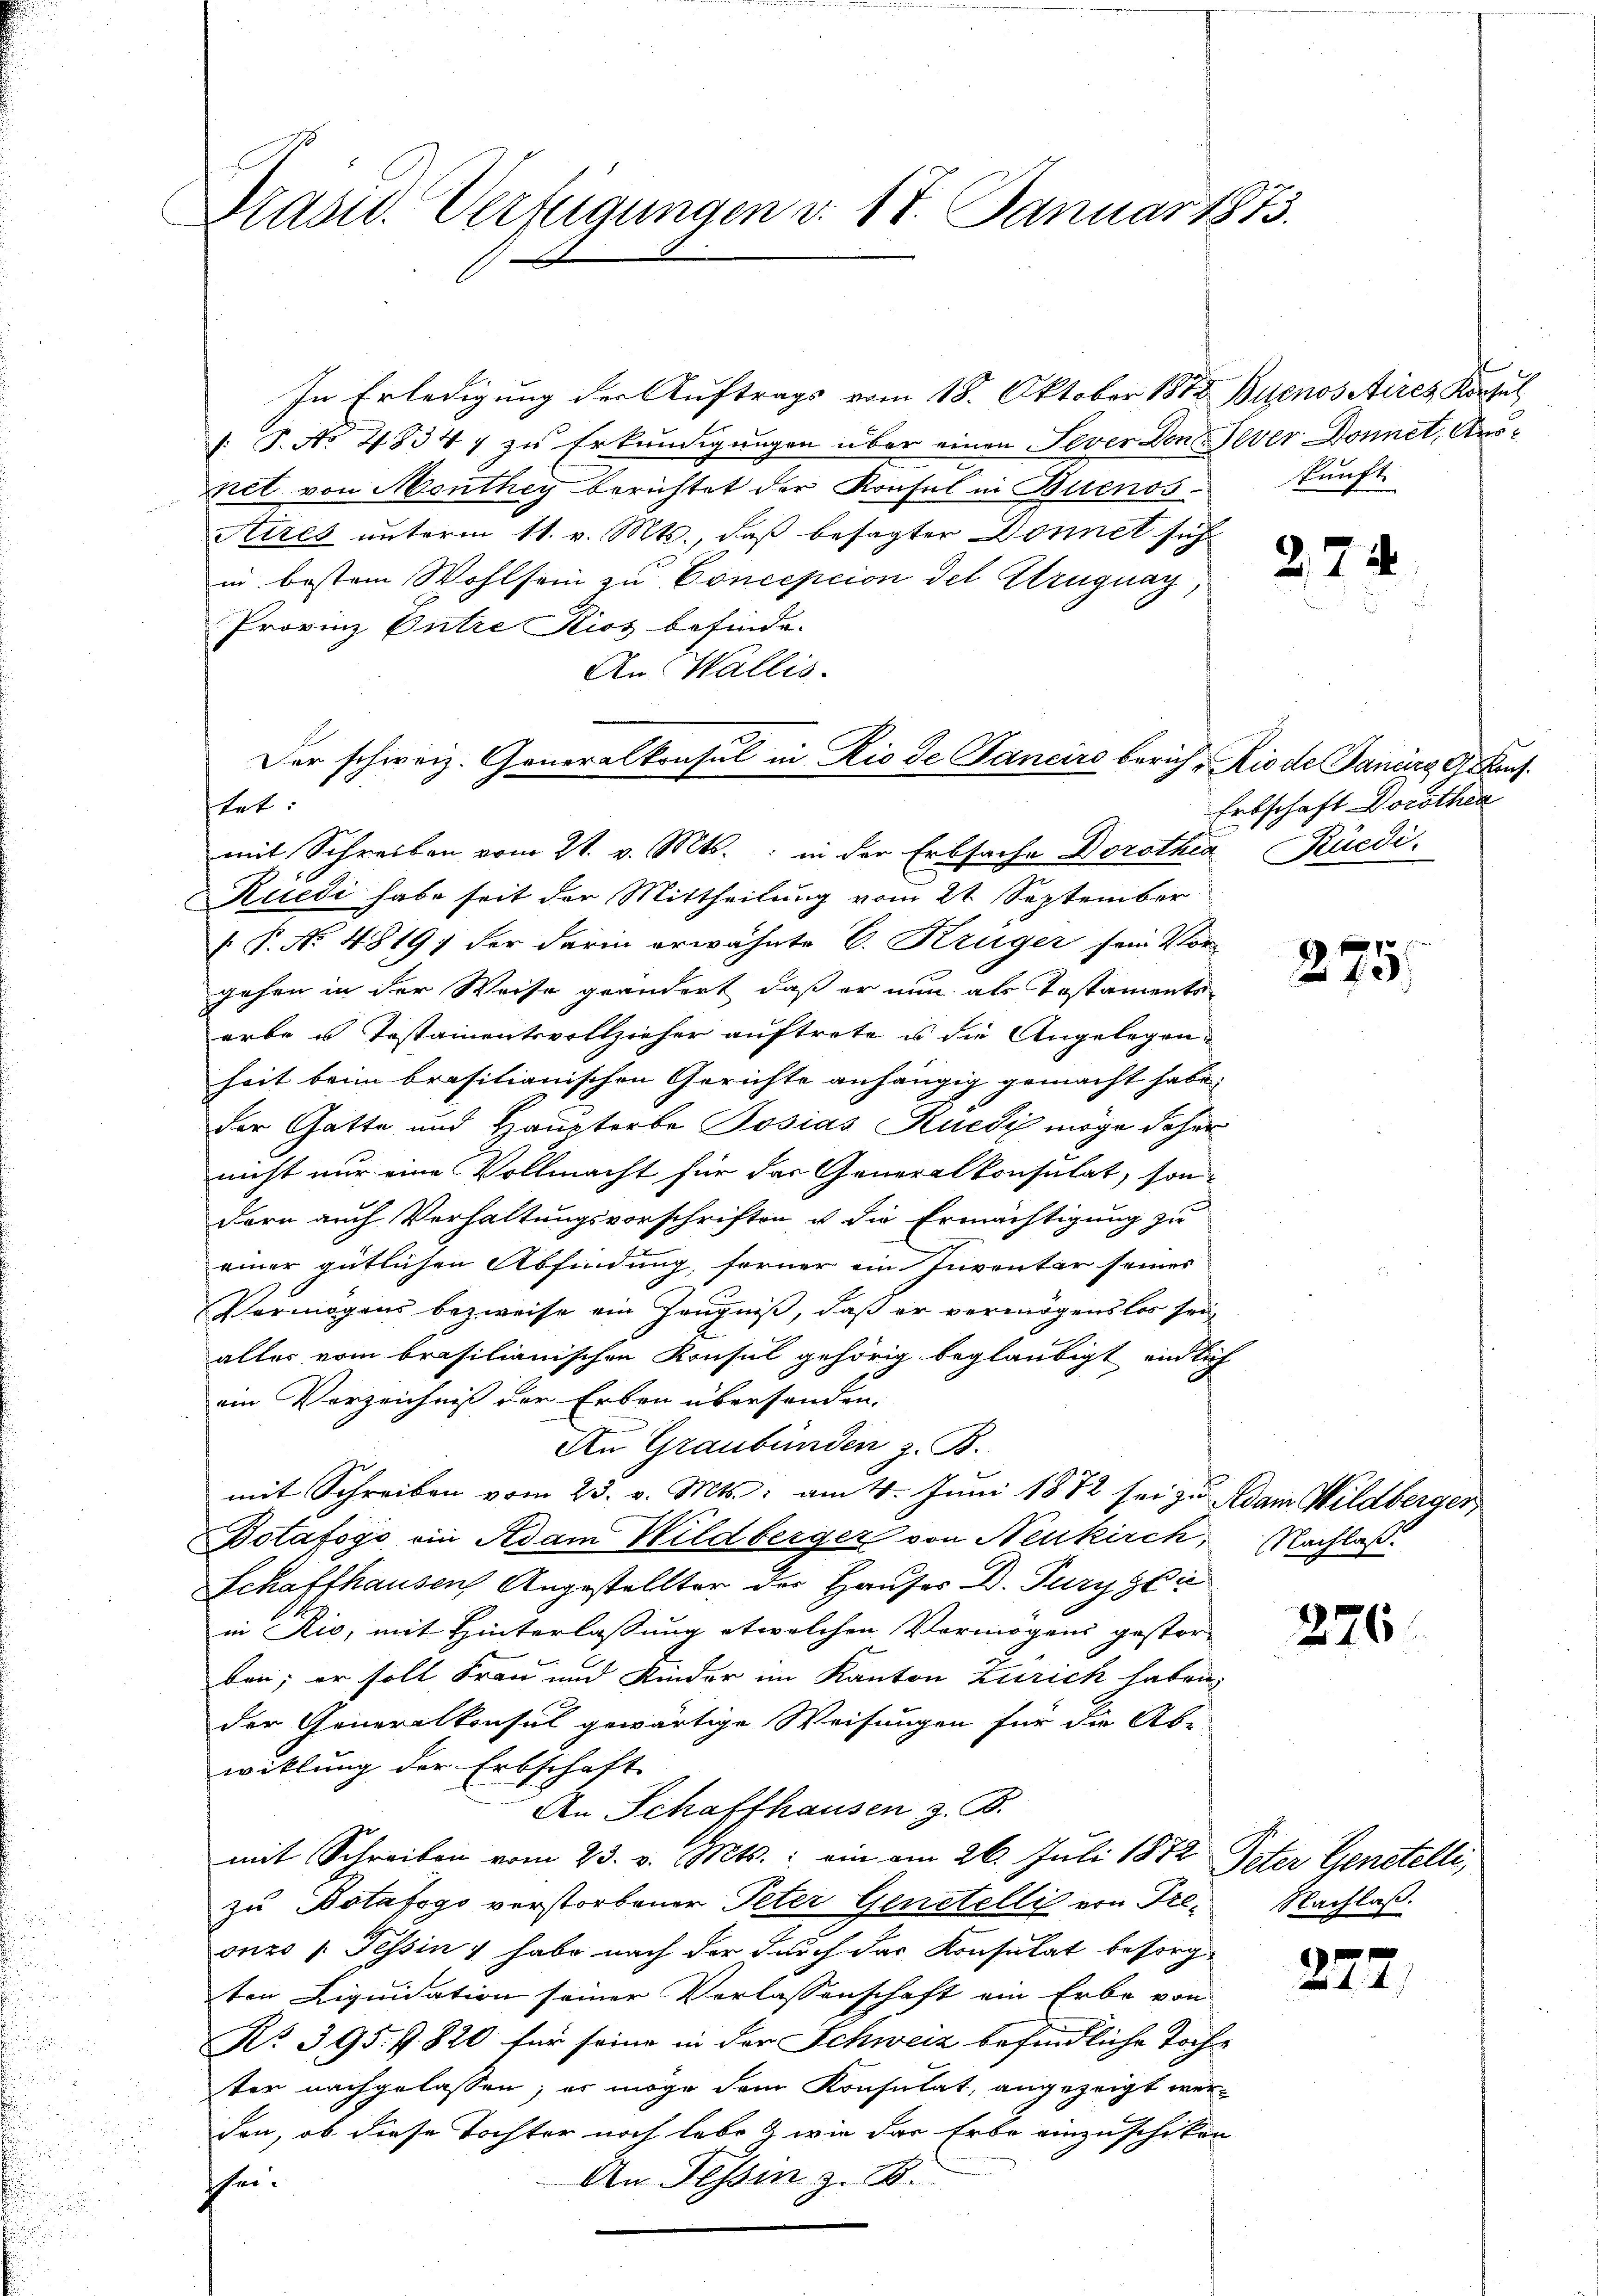
Präsid. Verfügungen v. 17. Januar 1873.

In Erledigung der Auftrags vom 18. Oktober 1872 Buenos Aires Konsul
/: P. No 48347 zu Erkundigungen über einen Sever Conc
net von Menthey berichtet der Konsul in Buenos
Aires unterm 11. v. Mts., daß besagter Donnet sich
in bestem Wohlsam zu Conception del Uruguay,
Provinz Entre Kios befinde.
An Wallis.
Ruedi habe seit der Mittheilung vom 21. September
§ P. No. 4819, der darin erwähnte V. Krüger sein Vorgehen in der Weise geändert, daß er nun als Testaments
arbe u Testamentsvollzieher auftrete u die Angelegenheit beim brositianischen Gerichte anhängig gemacht habe.
der Gatte und Hauptorte Posias Kuedi möge daher
nicht nur eine Vollmacht für der Generalkonsulat, son-
dern auch Verhaltungsvorschriften u die Ermächtigung zu
einer gütlichen Abfindung, ferner ein Inventar seines
Vermögens bezweife ein Zeugniß, daß er vermögenslos sei
alles vom brasilianischen Konsul gehörig beglaubigt endlich
ein Verzeichnis der Erben übersenden.
An Graubünden z. B.
mit Schreiben vom 23. v. Mts.: am 4. Juni 1872 sei zu Adam Wildberger
Potafogo ein Adam Wildberger von Neukirch, Nachlaß
Schaffhausen Angestellter der Hauses D. Turygie
in Rio, mit Hinterlassung etwelchen Vermögens gestor-
ben; er soll Frau und Kinder im Kanton Zürich haben.
der Generalkonsul gewärtige Weisungen für die Ab-
witlung der Erbschaft
An Schaffhausen z. B.
mit Schreiben vom 23. v. Mts.: ein am 26. Juli 1872 Peter Genstelli,
zu Botafogo verstorbener Peter Genetelli von Preonzo 1. Tessin & habe nach der durch das Konsulat besorgten Liquidation seiner Verlassenschaft ein Erbe von
No. 395. f. 820 für seine in der Schweiz befindliche Tochter nachgelassen, es möge dem Konsulat, angezeigt wer
den, ob diese Tochter noch lebe & wie das Erbe einzuschiken
An Tessin z. B.
phe.

Der schweiz. Generalkonsul in Rio de Janeiro berich - Rio de Janus Grun
tet:
mit Schreiben vom 21. v. Mts.: in der Erbsache Dorothia Rüedi,

Tever Donnet, Aus-
kunft

s
t

22

Erbschaft Dorothea

f
8
x

276

Nachlaß.

272)